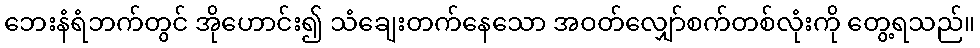
ဘေးနံရံဘက်တွင် အိုဟောင်း၍ သံချေးတက်နေသော အဝတ်လျှော်စက်တစ်လုံးကို တွေ့ရသည်။